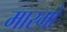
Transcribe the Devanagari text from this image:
मारमो